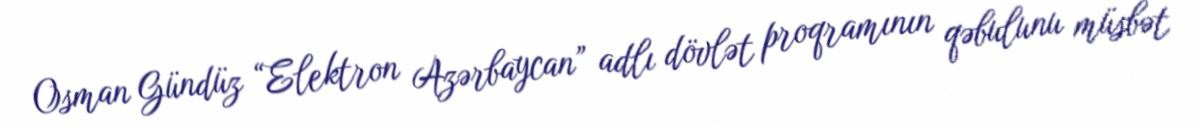
Osman Gündüz “Elektron Azərbaycan” adlı dövlət proqramının qəbulunu müsbət